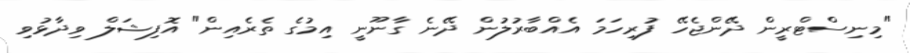
"މިނިސްޓްރީން ދޭންޖެހޭ ފުރިހަަމަ އެއްބާރުލުން ދޭނެ ގާނޫނީ އިމުގެ ތެރެއިން" އޮފިޝަލް ވިދާޅުވި